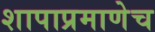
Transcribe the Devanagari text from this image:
शापाप्रमाणेच